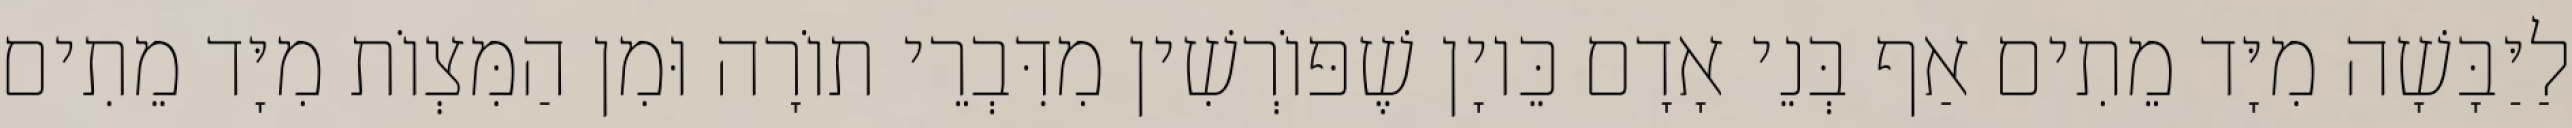
לַיַּבָּשָׁה מִיָּד מֵתִים אַף בְּנֵי אָדָם כֵּיוָן שֶׁפּוֹרְשִׁין מִדִּבְרֵי תוֹרָה וּמִן הַמִּצְוֹת מִיָּד מֵתִים